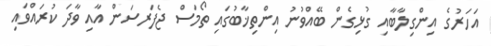
އަހަރުގެ އިންގިލާބާއި ގުޅިގެން ބޭއްވުނު އިންތިޚާބުގައި ތޯމަސް ޖެފަރސަން އާއި ވާދަ ކުރައްވައި